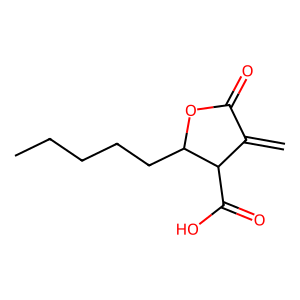
SMILES: C=C1C(=O)OC(CCCCC)C1C(=O)O
Inhibits HIV replication: No